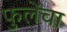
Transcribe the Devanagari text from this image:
फुलेंचा